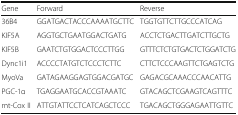
| Gene | Forward | Reverse |
 | --- | --- | --- |
 | 36B4 | GGATGACTACCCAAAATGCTTC | TGGTGTTCTTGCCCATCAG |
 | KIF5A | AGGTGCTGAATGGACTGATG | ACCTCTGACTTGATCTTGCTG |
 | KIF5B | GAATCTGTGGACTCCCTTGG | GTTTCTCTGTGACTCTGGATCTG |
 | Dync1i1 | ACCCCTATGTCTCCCTCTTC | CTTCTCCCAAGTTCTGAGTCTG |
 | MyoVa | GATAGAAGGAGTGGACGATGC | GAGACGCAAACCCAACATTG |
 | PGC-1α | TGAGGAATGCACCGTAAATC | GTACAGCTCGAAGTCAGTTTC |
 | mt-Cox II | ATTGTATTCCTCATCAGCTCCC | TGACAGCTGGGAGAATTGTTC |